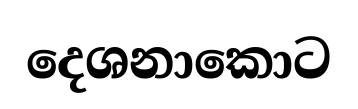
දෙශනාකොට